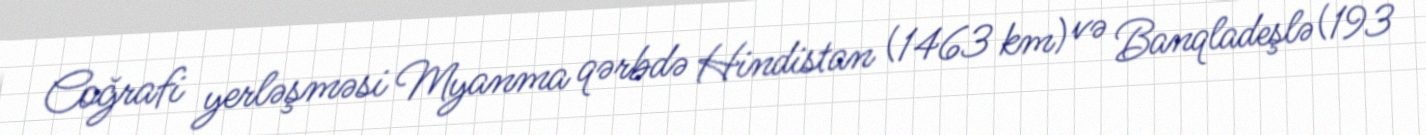
Coğrafi yerləşməsi Myanma qərbdə Hindistan (1463 km) və Banqladeşlə(193